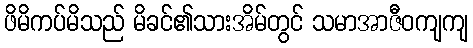
ဖိမိကပ်မိသည် မိခင်၏သားအိမ်တွင် သမာအာဇီဝကျကျ